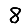
Digit: 8